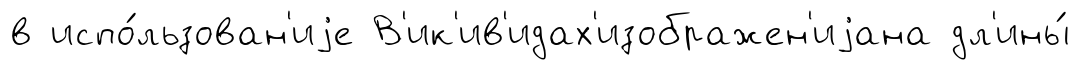
в испо́льзован'иjе В'ик'ив'идах'изображен'иjана дл'ины́